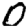
Digit: 0